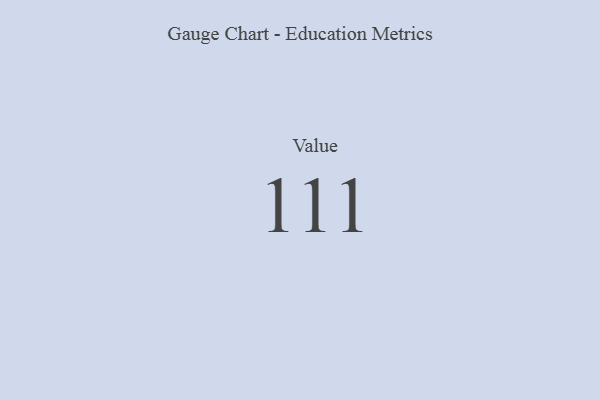
{"axis": {"x": "Metric", "y": "Value"}, "legend": [""], "data": [{"x": "Value", "y": 111, "type": ""}]}